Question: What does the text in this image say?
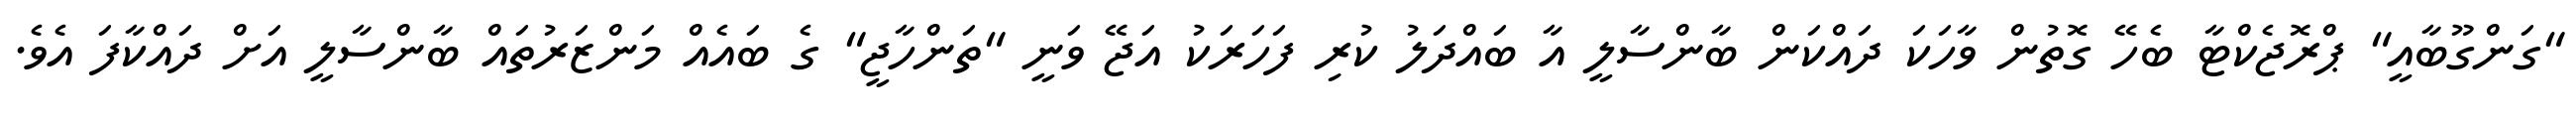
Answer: "ގަންގޫބާއީ" ޕްރޮޖެކްޓާ ބެހޭ ގޮތުން ވާހަކަ ދައްކަން ބާންސާލީ އާ ބައްދަލު ކުރި ފަހަރަކު އަޖޭ ވަނީ "ތަންހާޖީ" ގެ ބައެއް މަންޒަރުތައް ބާންސާލީ އަށް ދައްކާފަ އެވެ.